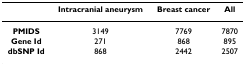
<table><thead><tr><td></td><td><b>Intracranial aneurysm</b></td><td><b>Breast cancer</b></td><td><b>All</b></td></tr></thead><tbody><tr><td><b>PMIDS</b></td><td>3149</td><td>7769</td><td>7870</td></tr><tr><td><b>Gene Id</b></td><td>271</td><td>868</td><td>895</td></tr><tr><td><b>dbSNP Id</b></td><td>868</td><td>2442</td><td>2507</td></tr></tbody></table>